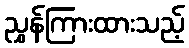
ညွှန်ကြားထားသည့်